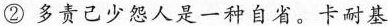
②多责己少怨人是一种自省。卡耐基